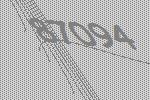
87094